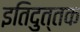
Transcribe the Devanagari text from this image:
इतिदुत्तक